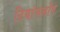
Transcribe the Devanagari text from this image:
टियांगलोंग